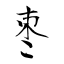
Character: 枣